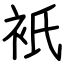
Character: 衹